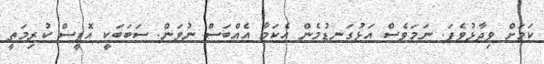
ކަމަށް ވިދާޅުވެފަ. ނަމަވެސް އަޅުގަނޑުމެން އެކަމާ އެއްބަސް ނުވަން. ސަބަބަކީ އޮފީސް ކުރިމަތީ